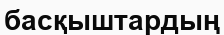
басқыштардың